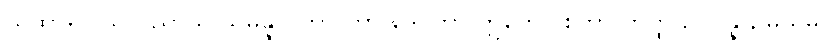
ယထာရူပါယ ပညာယ သမန္နာဂတာ တာ ဒေဝတာ ဣတော စုတာ တတ္ထ ဥပပန္နာ, မယှမ္ပိ